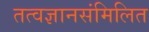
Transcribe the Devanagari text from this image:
तत्वज्ञानसंमिलित